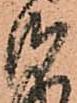
御